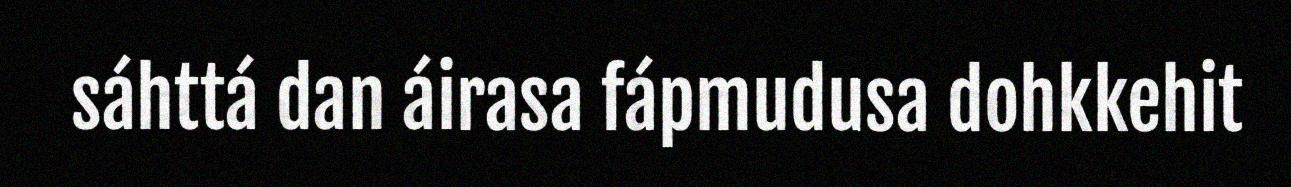
sáhttá dan áirasa fápmudusa dohkkehit